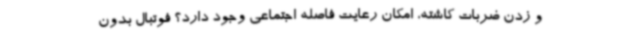
و زدن ضربات کاشته، امکان رعایت فاصله‌ اجتماعی وجود دارد؟ فوتبال بدون